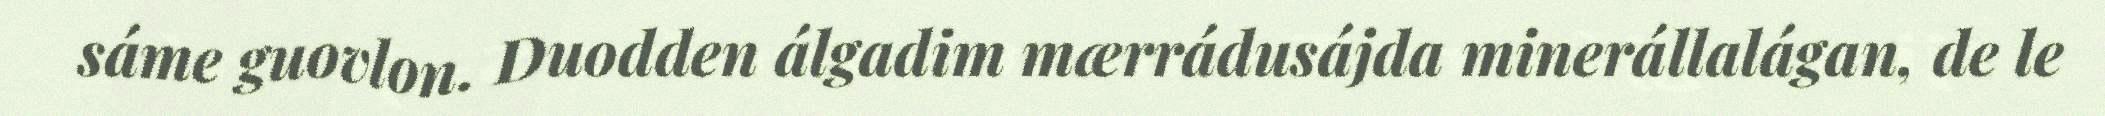
sáme guovlon. Duodden álgadim mærrádusájda minerállalágan, de le